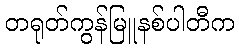
တရုတ်ကွန်မြူနစ်ပါတီက